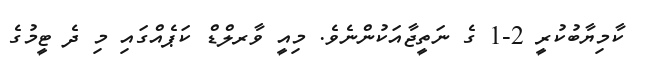
ކާމިޔާބުކުރީ 2-1 ގެ ނަތީޖާއަކުންނެވެ. މިއީ ވާރލްޑް ކަޕެއްގައި މި ދެ ޓީމުގެ